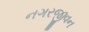
નગરજીવન